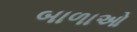
બાળાઓ